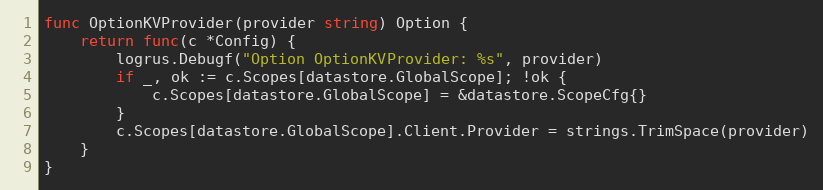
Language: Go
func OptionKVProvider(provider string) Option {
	return func(c *Config) {
		logrus.Debugf("Option OptionKVProvider: %s", provider)
		if _, ok := c.Scopes[datastore.GlobalScope]; !ok {
			c.Scopes[datastore.GlobalScope] = &datastore.ScopeCfg{}
		}
		c.Scopes[datastore.GlobalScope].Client.Provider = strings.TrimSpace(provider)
	}
}